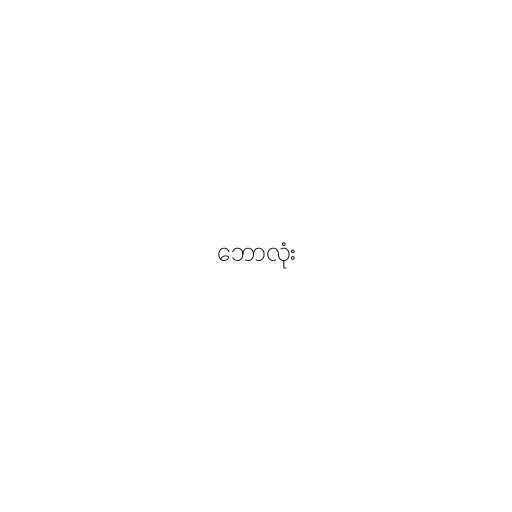
ဘောလုံး